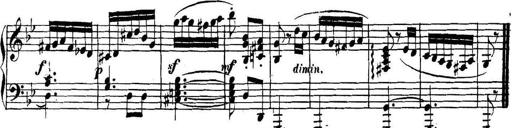
Title: Collected Piano Sonatas
Composer: Muzio Clementi